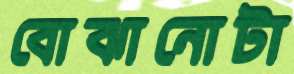
বোঝানোটা